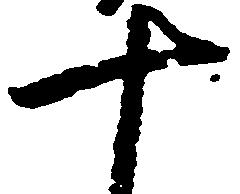
十